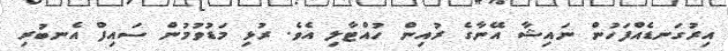
އިރުގަނޑެއްފަހުން ނައިޝާ އޭނާގެ ރުއިން ހުއްޓާލި އެވެ. ރުޅި މަޑުވުމުން ސައިފް އެނބުރި